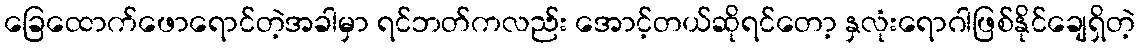
ခြေထောက်ဖောရောင်တဲ့အခါမှာ ရင်ဘတ်ကလည်း အောင့်တယ်ဆိုရင်တော့ နှလုံးရောဂါဖြစ်နိုင်ချေရှိတဲ့